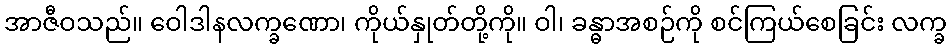
အာဇီဝသည်။ ဝေါဒါနလက္ခဏော၊ ကိုယ်နှုတ်တို့ကို။ ဝါ၊ ခန္ဓာအစဉ်ကို စင်ကြယ်စေခြင်း လက္ခ